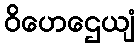
ဝိဟေဌေယျံ